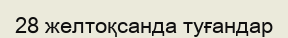
28 желтоқсанда туғандар